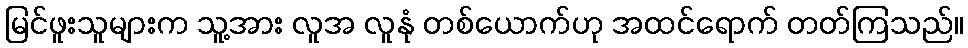
မြင်ဖူးသူများက သူ့အား လူအ လူနုံ တစ်ယောက်ဟု အထင်ရောက် တတ်ကြသည်။